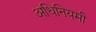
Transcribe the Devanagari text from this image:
अधिनियमी